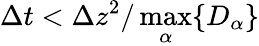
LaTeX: \Delta t<\Delta z^{2}/\operatorname*{max}_{\alpha}\{ D_{\alpha}\}